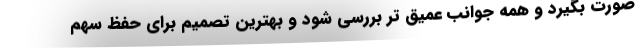
صورت بگیرد و همه جوانب عمیق تر بررسی شود و بهترین تصمیم برای حفظ سهم